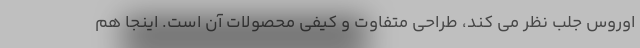
اوروس جلب نظر می کند، طراحی متفاوت و کیفی محصولات آن است. اینجا هم